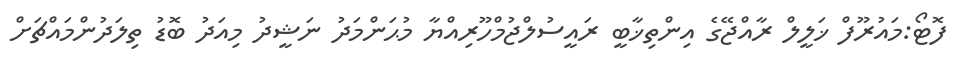
ފޮޓޯ:މައުރޫފް ޚަލީލް ރާއްޖޭގެ އިންތިޚާބީ ރައީސުލްޖުމްހޫރިއްޔާ މުޙަންމަދު ނަޝީދު މިއަދު ބޮޑު ތިލަދުންމައްޗަށް